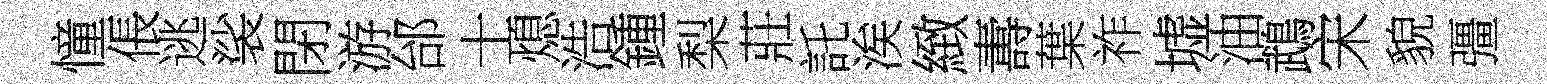
憧倀逃裟閉游邰士熄浩鍾梨莊託涘緻夀葉祚墟油鵡宋貌彊